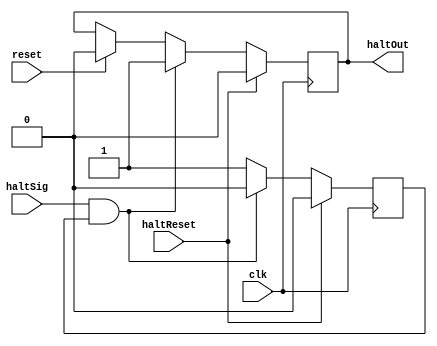
`timescale 1ns / 1ps
//////////////////////////////////////////////////////////////////////////////////
// Company: 
// Engineer: 
// 
// Design Name: 
// Module Name: HaltController
// Project Name: 
// Target Devices: 
// Tool Versions: 
// Description: 
// 
// Dependencies: 
// 
// Revision:
// Revision 0.01 - File Created
// Additional Comments:
// 
//////////////////////////////////////////////////////////////////////////////////

// can't have 2 halt signals in a row and stop on both.  This is unexpected, and 
// this is the simplest solution.
module HaltController(haltOut, haltSig, haltReset, clk, reset);
    output reg  haltOut;
    input       haltSig, haltReset, clk, reset;

    reg canHalt;
    always@(negedge clk) begin
        if (haltReset) begin
            haltOut = 1'b0;
            canHalt = 1'b0;
        end else if (haltSig && canHalt) begin
            haltOut = 1'b1;
            canHalt = 1'b0;
        end else if (reset) begin
            haltOut = 1'b0;
            canHalt = 1'b1;
        end else begin
            haltOut = haltOut;
            canHalt = 1'b1;
        end
            
    end
    /*
    always@(posedge clk)
        if(haltState = 1'b0)
            haltOut <= 1'b0;
        else if(haltSig)
            haltOut <= 1'b1;
        else
            haltOut <= haltOut;
    */
endmodule